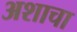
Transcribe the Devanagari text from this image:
अशाचा